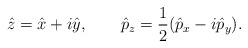
LaTeX: \begin{align*}\hat{z}=\hat{x}+i\hat{y},\qquad \hat{p}_z =\frac{1}{2} (\hat{p}_x -i\hat{p}_y).\end{align*}